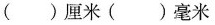
()厘米()毫米